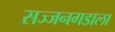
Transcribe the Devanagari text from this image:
सज्जनगडाला